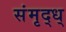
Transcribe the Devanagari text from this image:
संमृद्ध्